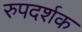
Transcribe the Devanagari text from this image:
रुपदर्शक